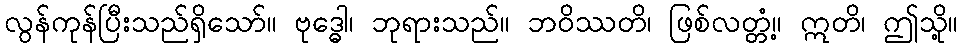
လွန်ကုန်ပြီးသည်ရှိသော်။ ဗုဒ္ဓေါ၊ ဘုရားသည်။ ဘဝိဿတိ၊ ဖြစ်လတ္တံ့။ ဣတိ၊ ဤသို့။